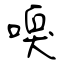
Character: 嗅